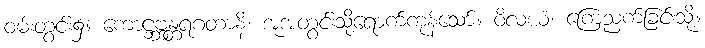
ဝမ်းတွင်း၌။ ကောဋ္ဌဗ္ဘန္တရဂတာနိ၊ အူအတွင်းသို့ရောက်ကုန်သော်။ ဝိလယံ၊ ကြေညက်ခြင်းသို့။